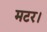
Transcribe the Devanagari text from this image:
मटर।